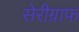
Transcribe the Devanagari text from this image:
सेरीग्राफ